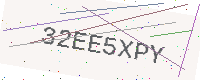
Text: 32EE5XPY